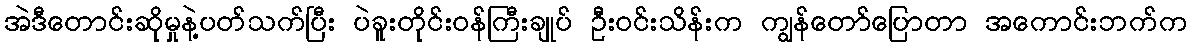
အဲဒီတောင်းဆိုမှုနဲ့ပတ်သက်ပြီး ပဲခူးတိုင်းဝန်ကြီးချုပ် ဦးဝင်းသိန်းက ကျွန်တော်ပြောတာ အကောင်းဘက်က